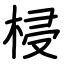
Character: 梫